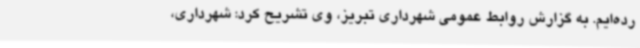
رده‌ایم. به گزارش روابط عمومی شهرداری تبریز، وی تشریح کرد: شهرداری،